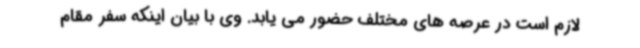
لازم است در عرصه های مختلف حضور می یابد. وی با بیان اینکه سفر مقام